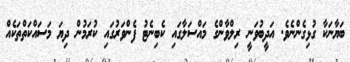
ބަޔާނަކާ ގުޅިގެންނެވެ. އަދީބުވަނީ ރިލްވާންގެ މައްސަލާގައި ކެބިނެޓު ފެންވަރުގައި ކުރަމުން ދިޔަ މަސައްކަތްތަކެއް